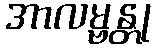
အာလမ္ဗန္တု